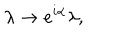
\lambda \rightarrow e ^ { i \alpha } \lambda ,